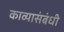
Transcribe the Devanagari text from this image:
काव्यासंबंधी